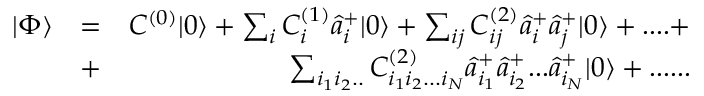
\begin{array} { r l r } { | \Phi \rangle } & { = } & { C ^ { ( 0 ) } | 0 \rangle + \sum _ { i } C _ { i } ^ { ( 1 ) } \hat { a } _ { i } ^ { + } | 0 \rangle + \sum _ { i j } C _ { i j } ^ { ( 2 ) } \hat { a } _ { i } ^ { + } \hat { a } _ { j } ^ { + } | 0 \rangle + . . . . + } \\ & { + } & { \sum _ { i _ { 1 } i _ { 2 } . . } C _ { i _ { 1 } i _ { 2 } . . . i _ { N } } ^ { ( 2 ) } \hat { a } _ { i _ { 1 } } ^ { + } \hat { a } _ { i _ { 2 } } ^ { + } . . . \hat { a } _ { i _ { N } } ^ { + } | 0 \rangle + . . . . . . } \end{array}